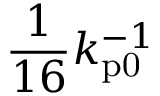
\frac { 1 } { 1 6 } k _ { \mathrm { p 0 } } ^ { - 1 }